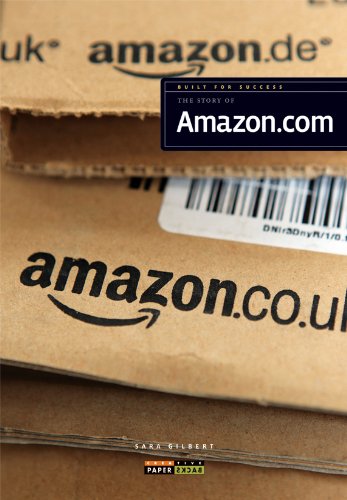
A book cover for Built for Success: The Story of Amazon.com; Sara Gilbert; Children's Books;